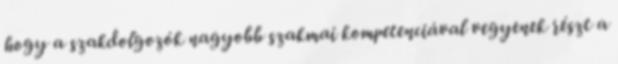
hogy a szakdolgozók nagyobb szakmai kompetenciával vegyenek részt a